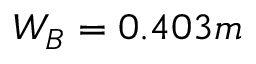
W _ { B } = 0 . 4 0 3 m